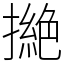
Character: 撧